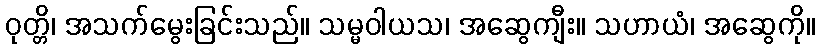
ဝုတ္တိ၊ အသက်မွေးခြင်းသည်။ သမ္မဝါယသ၊ အဆွေကျီး။ သဟာယံ၊ အဆွေကို။